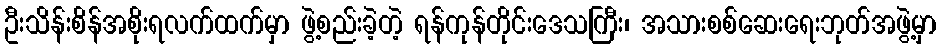
ဦးသိန်းစိန်အစိုးရလက်ထက်မှာ ဖွဲ့စည်းခဲ့တဲ့ ရန်ကုန်တိုင်းဒေသကြီး၊ အသားစစ်ဆေးရေးဘုတ်အဖွဲ့မှာ